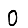
Digit: 0